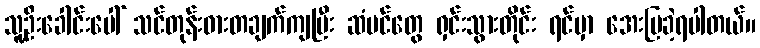
သူ့ဦးခေါင်းပေါ် သင်တုန်းဓားတချက်ကျပြီး ဆံပင်တွေ ရှင်းသွားတိုင်း ရင်မှာ အေးမြခဲ့ရပါတယ်။